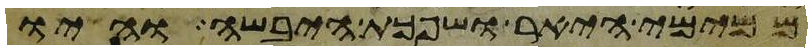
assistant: ממימי היאר ושפכת היבשה והיו